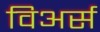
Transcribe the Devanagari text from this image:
विअर्स